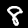
Digit: 8